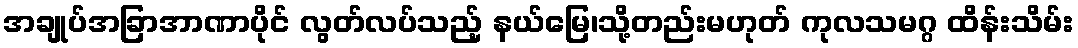
အချုပ်အခြာအာဏာပိုင် လွတ်လပ်သည့် နယ်မြေ၊သို့တည်းမဟုတ် ကုလသမဂ္ဂ ထိန်းသိမ်း